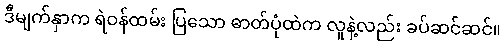
ဒီမျက်နှာက ရဲဝန်ထမ်း ပြသော ဓာတ်ပုံထဲက လူနဲ့လည်း ခပ်ဆင်ဆင်။